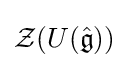
{\mathcal {Z}}(U({\hat {\mathfrak {g}}}))